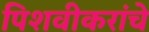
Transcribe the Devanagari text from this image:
पिशवीकरांचे